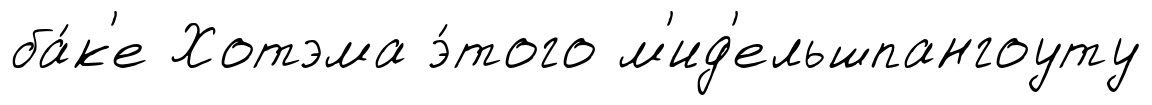
ба́к'е Хотэма э́того м'ид'ельшпангоуту